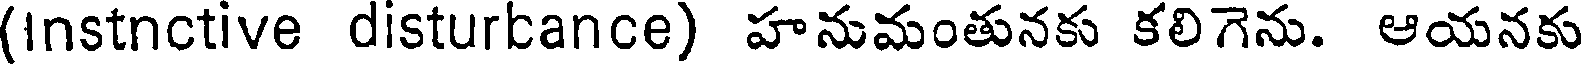
(Instnctive disturbance) హనుమంతునకు కలిగెను. ఆయనకు